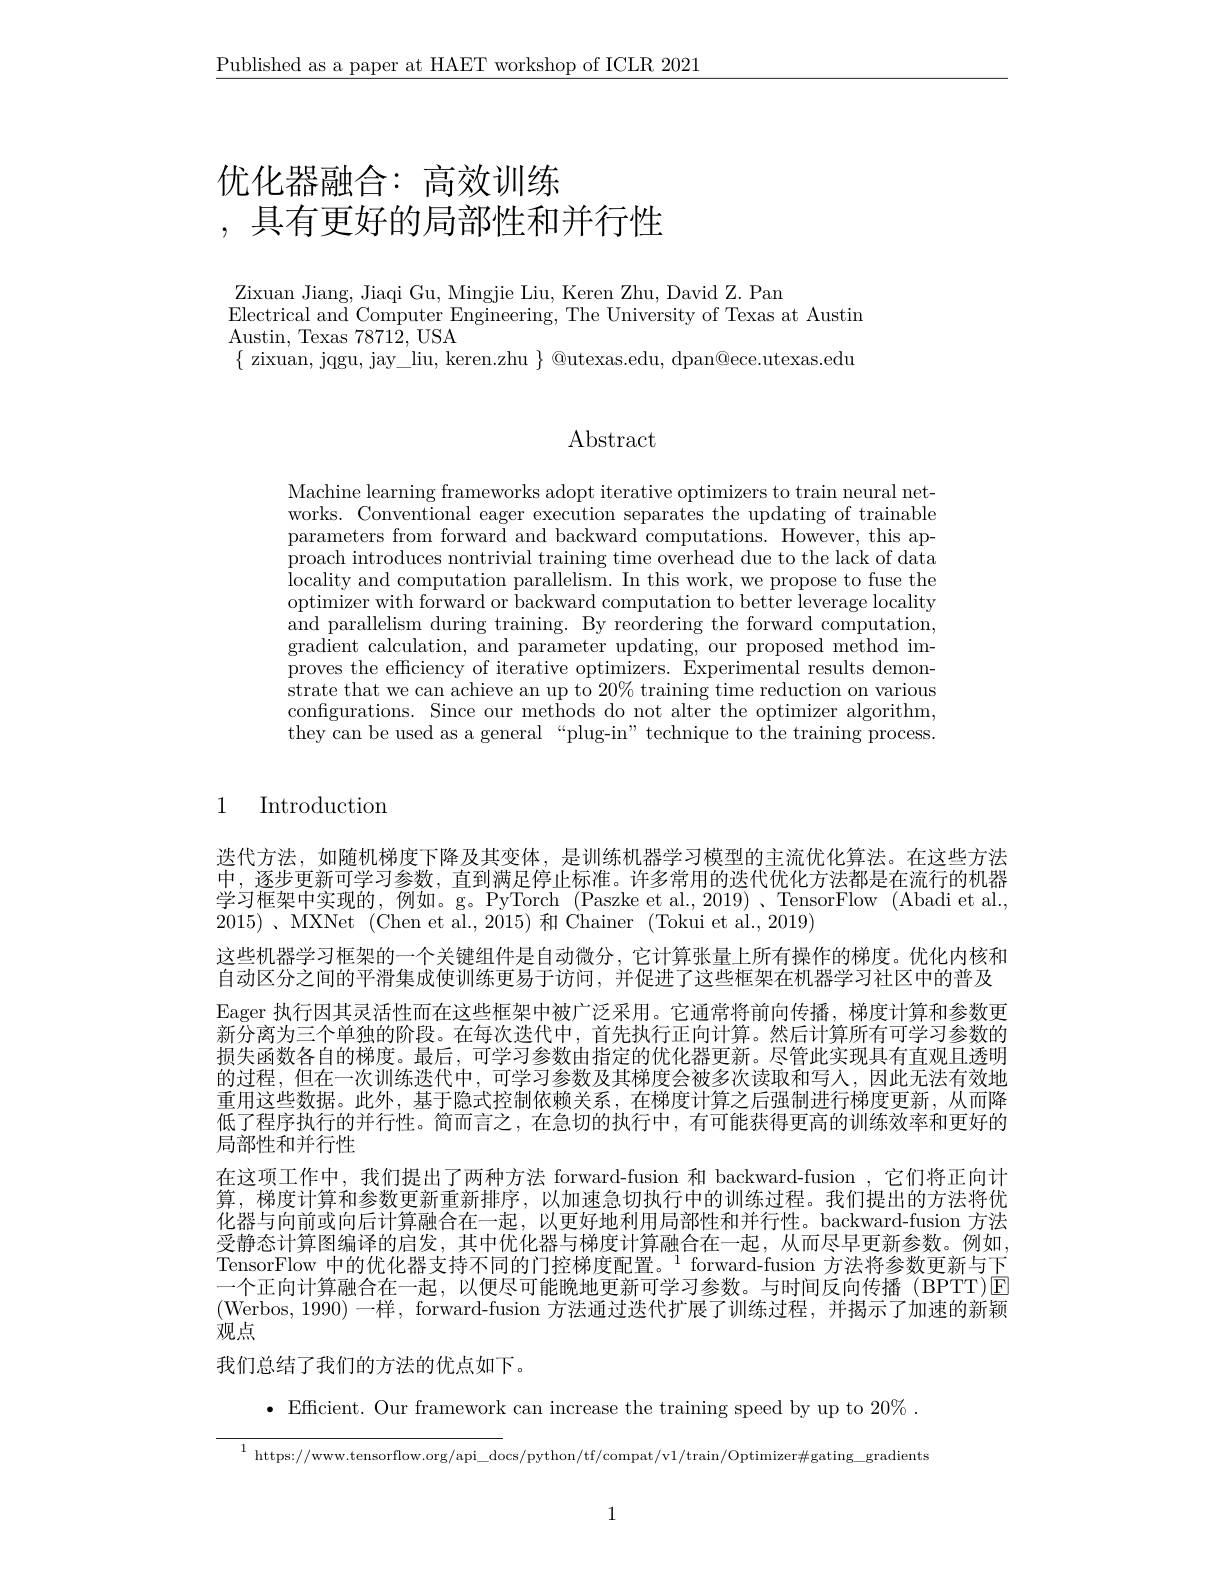
$\underline{\text{Published as a paper at HAET workshop of ICLR 2021}}$

# 优化器融合：高效训练,具有更好的局部性和并行性

Zixuan Jiang, Jiaqi Gu, Mingjie Liu, Keren Zhu, David Z. Pan
Electrical and Computer Engineering, The University of Texas at Austin
Austin, Texas 78712, USA
$\{$ zixuan, jqgu, jay\_liu, keren.zhu $\}$ @utexas.edu, dpan@ece.utexas.edu

# $\operatorname{Abstract}$

Machine learning frameworks adopt iterative optimizers to train neural networks. Conventional eager execution separates the updating of trainable parameters from forward and backward computations. However, this approach introduces nontrivial training time overhead due to the lack of data locality and computation parallelism. In this work, we propose to fuse the optimizer with forward or backward computation to better leverage locality and parallelism during training. By reordering the forward computation, ${\mathrm{gradient~calculation,~and~parameter~updating,~our~proposed~method~im-}}$ proves the efficiency of iterative optimizers. Experimental results demonstrate that we can achieve an up to 20% training time reduction on various configurations. Since our methods do not alter the optimizer algorithm, they can be used as a general “plug-in” technique to the training process

# 1 Introduction

迭代方法，如随机梯度下降及其变体，是训练机器学习模型的主流优化算法。在这些方法中，逐步更新可学习参数，直到满足停止标准。许多常用的迭代优化方法都是在流行的机器学习框架中实现的，例如。g。PyTorch (Paszke et al., 2019)、TensorFlow (Abadi et al., 2015) $、$MXNet (Chen et al.,2015)和 Chainer (Tokui et al.,2019)
这些机器学习框架的一个关键组件是自动微分，它计算张量上所有操作的梯度。优化内核和自动区分之间的平滑集成使训练更易于访问，并促进了这些框架在机器学习社区中的普及Eager 执行因其灵活性而在这些框架中被广泛采用。它通常将前向传播，梯度计算和参数更新分离为三个单独的阶段。在每次迭代中，首先执行正向计算。然后计算所有可学习参数的损失函数各自的梯度。最后，可学习参数由指定的优化器更新。尽管此实现具有直观且透明的过程，但在一次训练迭代中，可学习参数及其梯度会被多次读取和写人，因此无法有效地重用这些数据。此外，基于隐式控制依赖关系，在梯度计算之后强制进行梯度更新，从而降低了程序执行的并行性。简而言之，在急切的执行中，有可能获得更高的训练效率和更好的局部性和并行性
在这项工作中，我们提出了两种方法 forward-fusion 和 backward-fusion ,它们将正向计算，梯度计算和参数更新重新排序，以加速急切执行中的训练过程。我们提出的方法将优化器与向前或向后计算融合在一起，以更好地利用局部性和并行性。backward-fusion 方法受静态计算图编译的启发，其中优化器与梯度计算融合在一起，从而尽早更新参数。例如， TensorFlow 中的优化器支持不同的门控梯度配置。$^{1}$forward-fusion 方法将参数更新与下一个正向计算融合在一起，以便尽可能晚地更新可学习参数。与时间反向传播(BPTT)E (Werbos,1990)一样，forward-fusion 方法通过迭代扩展了训练过程，并揭示了加速的新颖观点
我们总结了我们的方法的优点如下。
$\bullet$ Efficient. Our framework can increase the training speed by up to 20%.

$^{1}$https://www.tensorflow.org/api\_docs/python/tf/compat/v1/train/Optimizer#gating\_gradients

1